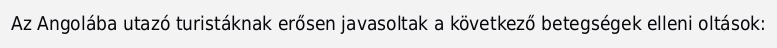
Az Angolába utazó turistáknak erősen javasoltak a következő betegségek elleni oltások: